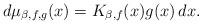
LaTeX: \begin{align*}d\mu_{\beta,f,g}(x) = K_{\beta,f}(x) g(x) \, dx.\end{align*}